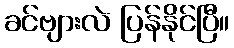
ခင်ဗျားလဲ ပြန်နိုင်ပြီ။